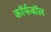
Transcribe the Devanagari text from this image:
कॉर्फबॉल